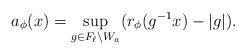
LaTeX: \begin{align*} a_{\phi}(x)= \underset{g\in F_{\ell}\setminus W_{a}}{\sup }(r_{\phi}(g^{-1}x)-|g|). \end{align*}